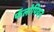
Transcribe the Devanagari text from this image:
फॅलोपियन